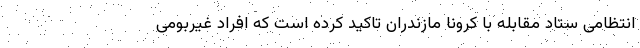
انتظامی ستاد مقابله با کرونا مازندران تاکید کرده است که افراد غیربومی